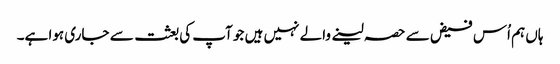
ہاں ہم اُس فیض سے حصہ لینے والے نہیں ہیں جو آپ کی بعثت سے جاری ہوا ہے۔